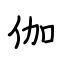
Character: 伽